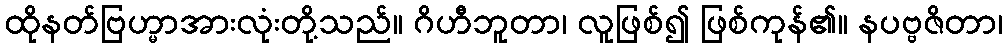
ထိုနတ်ဗြဟ္မာအားလုံးတို့သည်။ ဂိဟီဘူတာ၊ လူဖြစ်၍ ဖြစ်ကုန်၏။ နပဗ္ဗဇိတာ၊